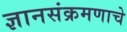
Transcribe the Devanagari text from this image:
ज्ञानसंक्रमणाचे